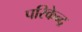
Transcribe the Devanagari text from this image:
परिकेन्द्र